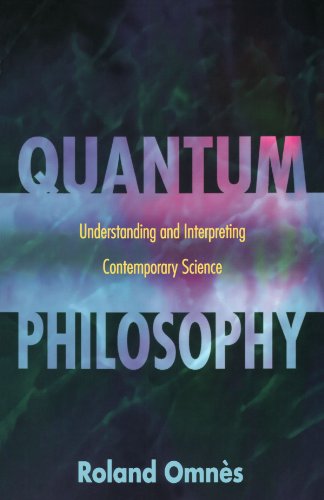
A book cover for Quantum Philosophy: Understanding and Interpreting Contemporary Science; Roland OmnÃ¨s; Science & Math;